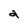
Character: 2